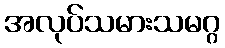
အလုပ်သမားသမဂ္ဂ